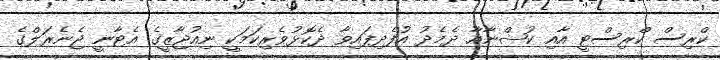
ކްރިސް ކްރިސްޓީ އާއި ކުޝްނާއާ ދެމެދު އުފެދިފައިވާ ދެކޮޅުވެރިކަމަކީ ނިއުޖާޒީގެ އެޓާނީ ޖެނެރަލްގެ